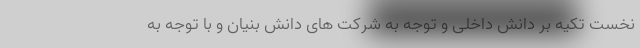
نخست تکیه بر دانش داخلی و توجه به شرکت های دانش بنیان و با توجه به